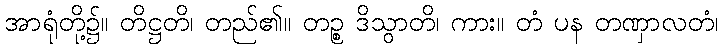
အာရုံတို့၌။ တိဋ္ဌတိ၊ တည်၏။ တဉ္စ ဒိသွာတိ၊ ကား။ တံ ပန တဏှာလတံ၊